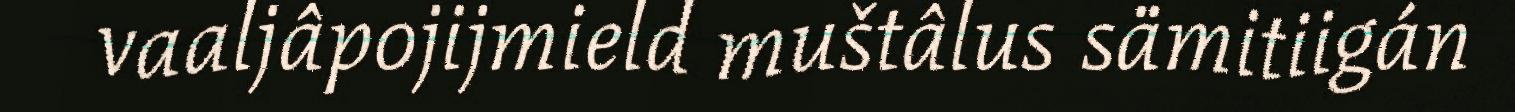
vaaljâpojijmield muštâlus sämitiigán